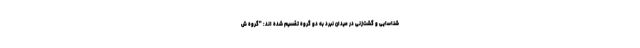
شناسایی و گشت‌زنی در میدان نبرد به دو گروه تقسیم شده اند: "گروه ش